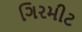
ગિરમીટ